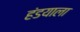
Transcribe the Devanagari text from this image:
हंडयाला